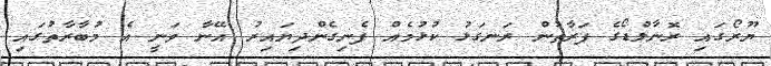
ޔޫރޯގައި ރޮނާލްޑޯގެ ފަރާތުން ރަނގަޅު ކުޅުމެއް ފެނިގެންދިޔައިރު އޭނާ ވަނީ އެ މުބާރާތުގައި